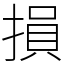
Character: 損